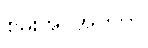
စွမ်းအင်အတွက်